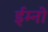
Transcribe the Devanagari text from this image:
ईम्नो